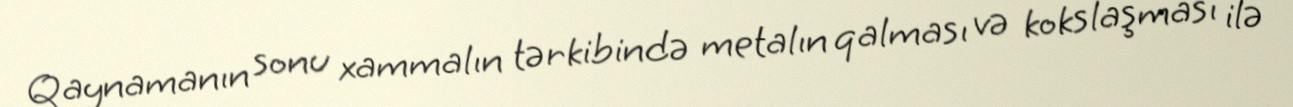
Qaynamanın sonu xammalın tərkibində metalın qalması və kokslaşması ilə